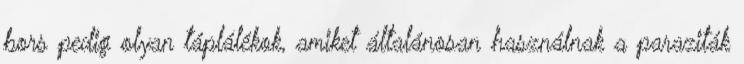
bors pedig olyan táplálékok, amiket általánosan használnak a paraziták